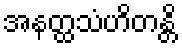
အနတ္ထသံဟိတန္တိ